38_143685_box_Incident_Summaries_173-233
Agency: Department of War
Page 136
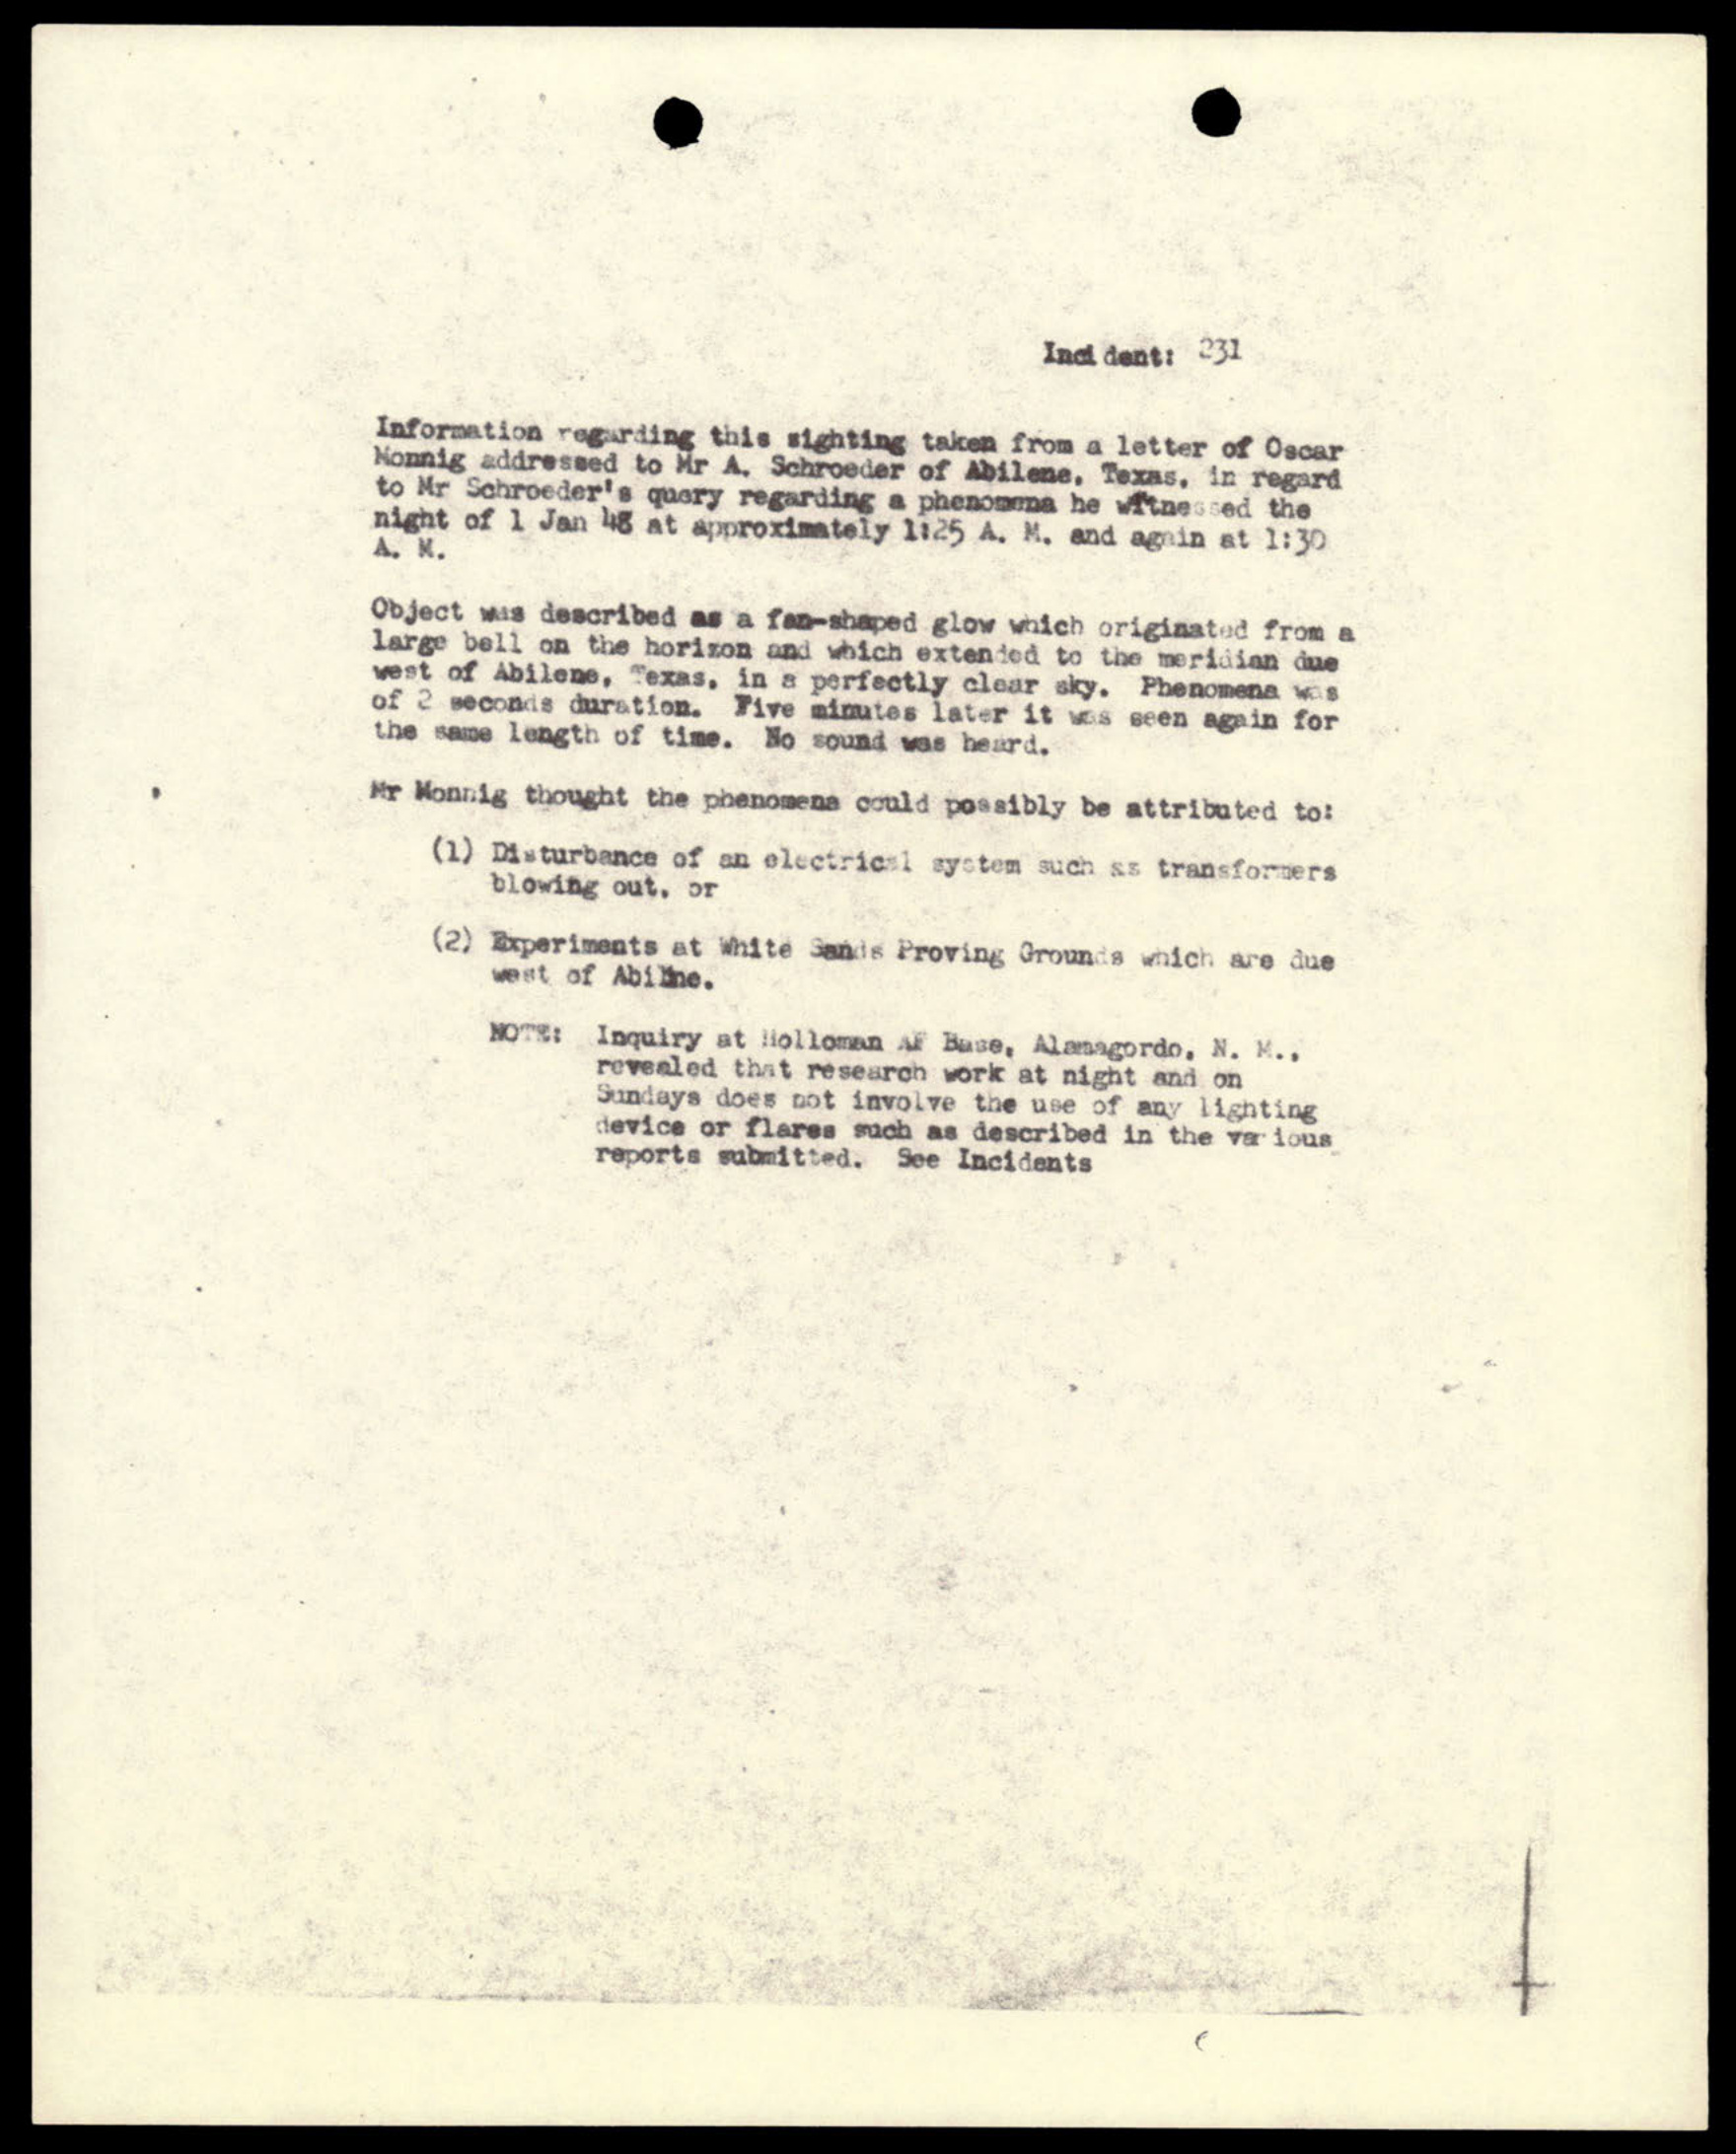